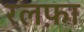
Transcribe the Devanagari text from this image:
रलफ़ा